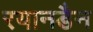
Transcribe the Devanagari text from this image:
रयानडैन